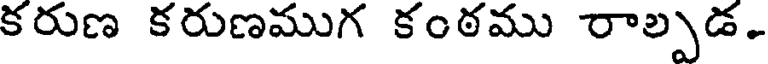
కరుణ కరుణముగ కంఠము రాల్పడ.